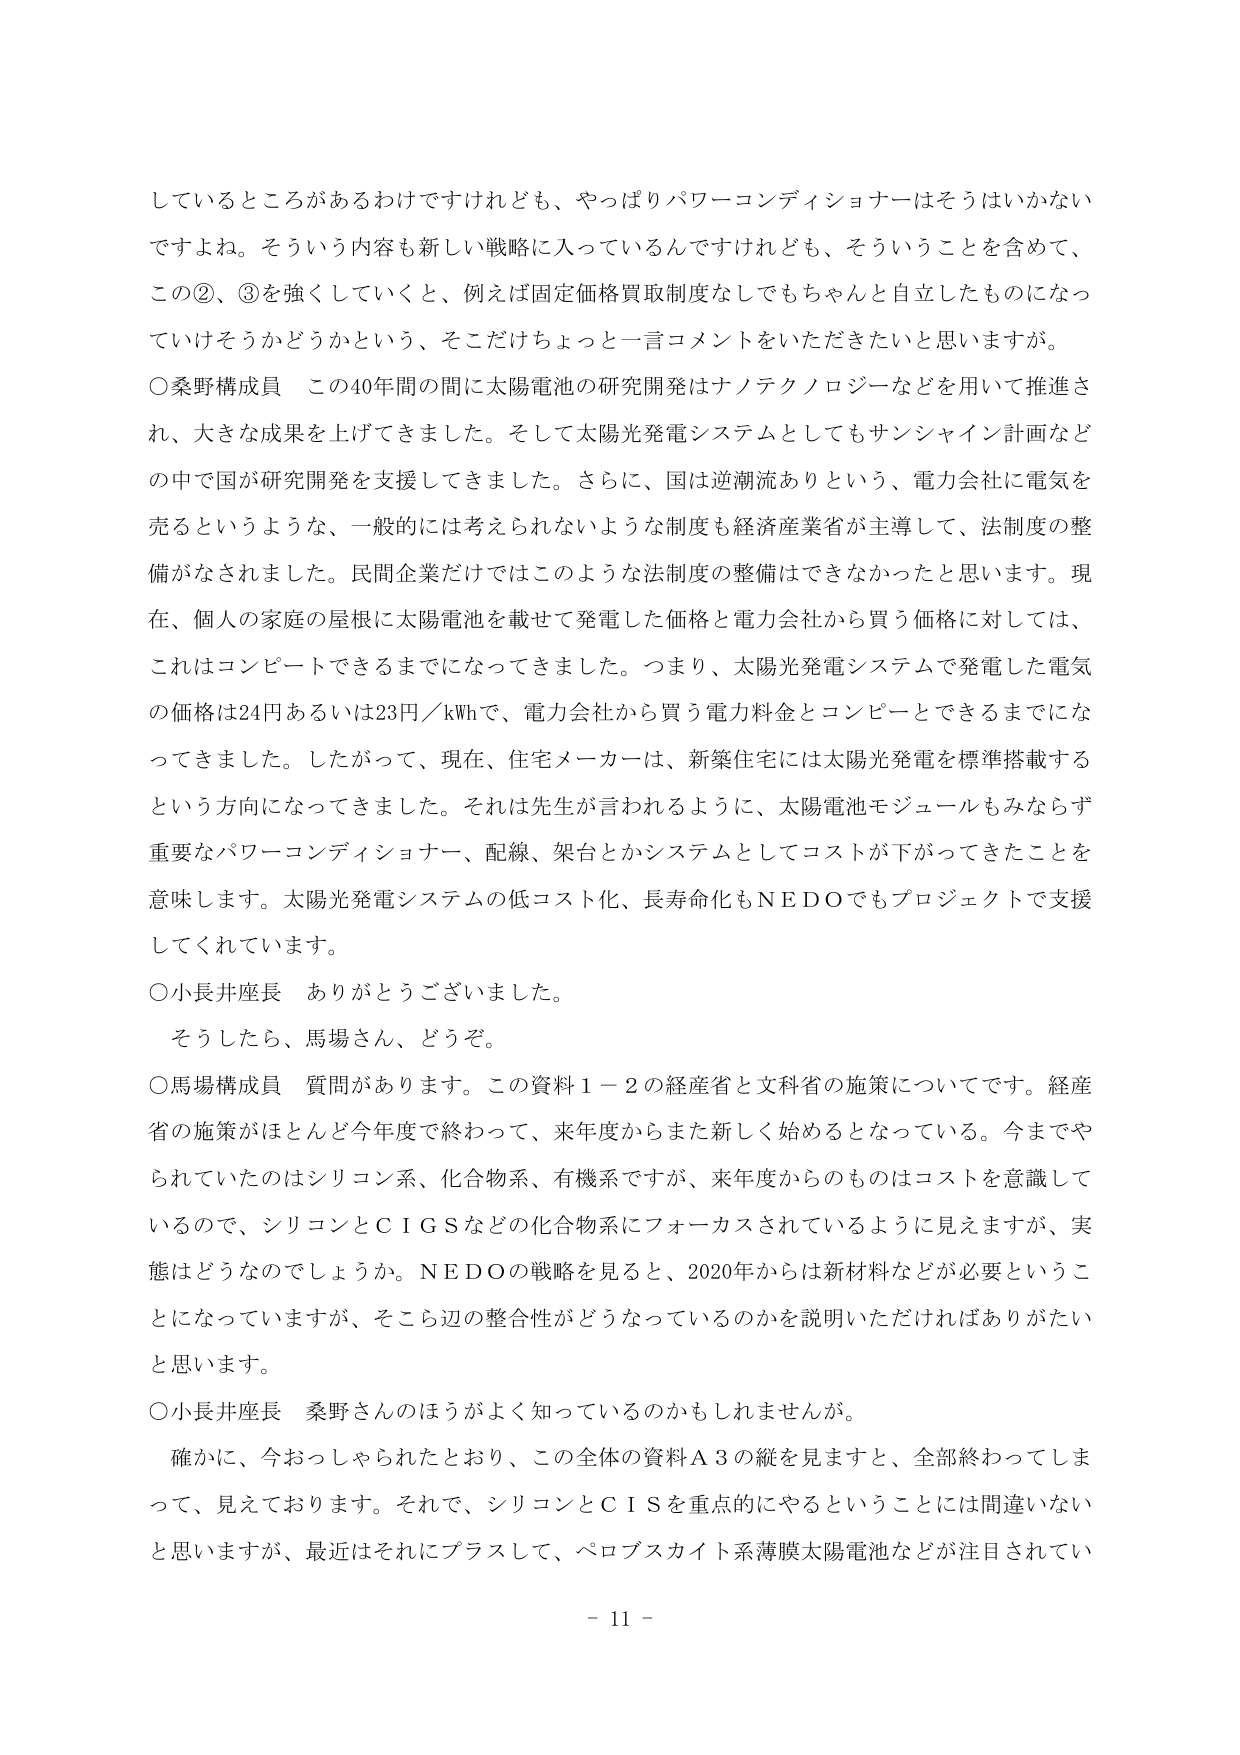
しているところがあるわけですがけれども、やっぱりパワーコンディショナーはそうはいかないですよね。そういう内容も新しい戦略に入っているんですけれども、そういうことを含めて、この②、③を強くしていくと、例えば固定価格買取制度なしでもちゃんと自立したものになっていけるかどうかという、そこだけちょっと一言コメントをいただきたいと思いますが。

○桑野構成員　この40年間の間に太陽電池の研究開発はナノテクノロジーなどを用いて推進され、大きな成果を上げてきました。そして太陽光発電システムとしてもサンシャイン計画などの中で国が研究開発を支援してきました。さらに、国は逆潮流ありという、電力会社に電気を売るというような、一般的には考えられないような制度も経済産業省が主導して、法制度の整備がなされました。民間企業だけではこのような法制度の整備はできなかったと思います。現在、個人の家庭の屋根に太陽電池を載せて発電した価格と電力会社から買う価格に対しては、これはコンピートできるまでになってきました。つまり、太陽光発電システムで発電した電気の価格は24円あるいは23円／kWhで、電力会社から買う電力料金とコンピートできるまでになってきました。したがって、現在、住宅メーカーは、新築住宅には太陽光発電を標準搭載するという方向になってきました。それは先生が言われるように、太陽電池モジュールもみならず重要なパワーコンディショナー、配線、架台とかシステムとしてコストが下がってきたことを意味します。太陽光発電システムの低コスト化、長寿命化もNEDOでもプロジェクトで支援してくれています。

○小長井座長　ありがとうございました。

　そうしたら、馬場さん、どうぞ。

○馬場構成員　質問があります。この資料1－2の経産省と文科省の施策についてです。経産省の施策がほとんど今年度で終わって、来年度からまた新しく始めるとなっている。今までやられていたのはシリコン系、化合物系、有機系ですが、来年度からのものはコストを意識しているので、シリコンとCIGSなどの化合物系にフォーカスされているように見えますが、実態はどうなのでしょうか。NEDOの戦略を見ると、2020年からは新材料などが必要ということになっていますが、そこら辺の整合性がどうなっているのかを説明いただければありがたいと思います。

○小長井座長　桑野さんのほうがよく知っているのかもしれません。

　確かに、今おっしゃられたとおり、この全体の資料A3の縦を見ますと、全部終わってしまって、見えております。それで、シリコンとCISを重点的にやるということには間違いないと思いますが、最近はそれにプラスして、ペロブスカイト系薄膜太陽電池などが注目されてい

－ 11 －